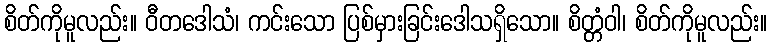
စိတ်ကိုမူလည်း။ ဝီတဒေါသံ၊ ကင်းသော ပြစ်မှားခြင်းဒေါသရှိသော။ စိတ္တံဝါ၊ စိတ်ကိုမူလည်း။